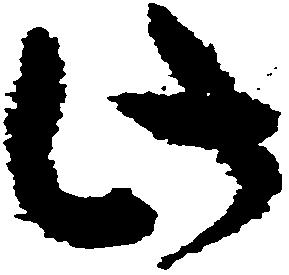
此